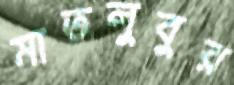
মাতলুবুর